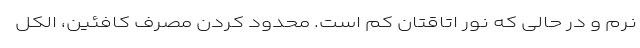
نرم و در حالی که نور اتاقتان کم است. محدود کردن مصرف کافئین، الکل